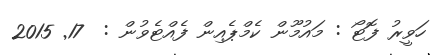
ހަވީރު ފޮޓޯ : މައުމޫން ކެމްޕެއިން ފެއްޓެވުން :  17